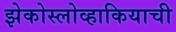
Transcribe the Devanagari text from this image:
झेकोस्लोव्हाकियाची